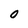
Character: 0